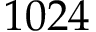
1 0 2 4